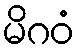
မိဂဝံ